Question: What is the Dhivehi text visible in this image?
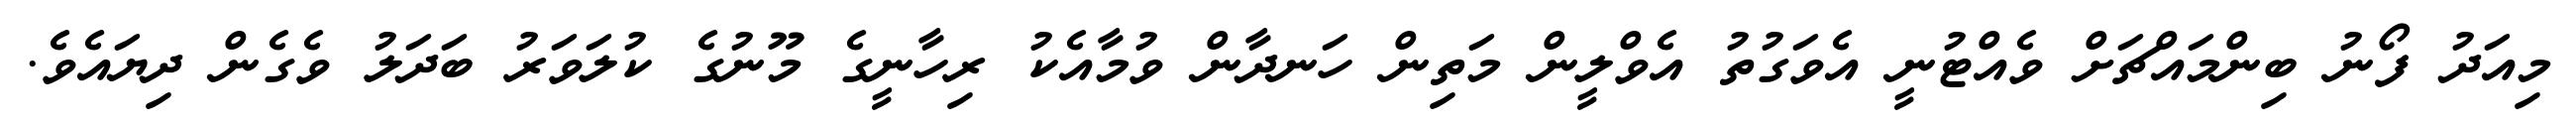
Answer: މިއަދު ފޯނު ބިންމައްޗަށް ވެއްޓުނީ އެވަގުތު އެވްލީން މަތިން ހަނދާން ވުމާއެކު ރިހާނީގެ މޫނުގެ ކުލަވަރު ބަދަލު ވެގެން ދިޔައެވެ.